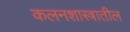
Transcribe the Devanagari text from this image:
कलनशास्त्रातील